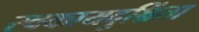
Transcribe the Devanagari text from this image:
स्वकायदुश्चिंता